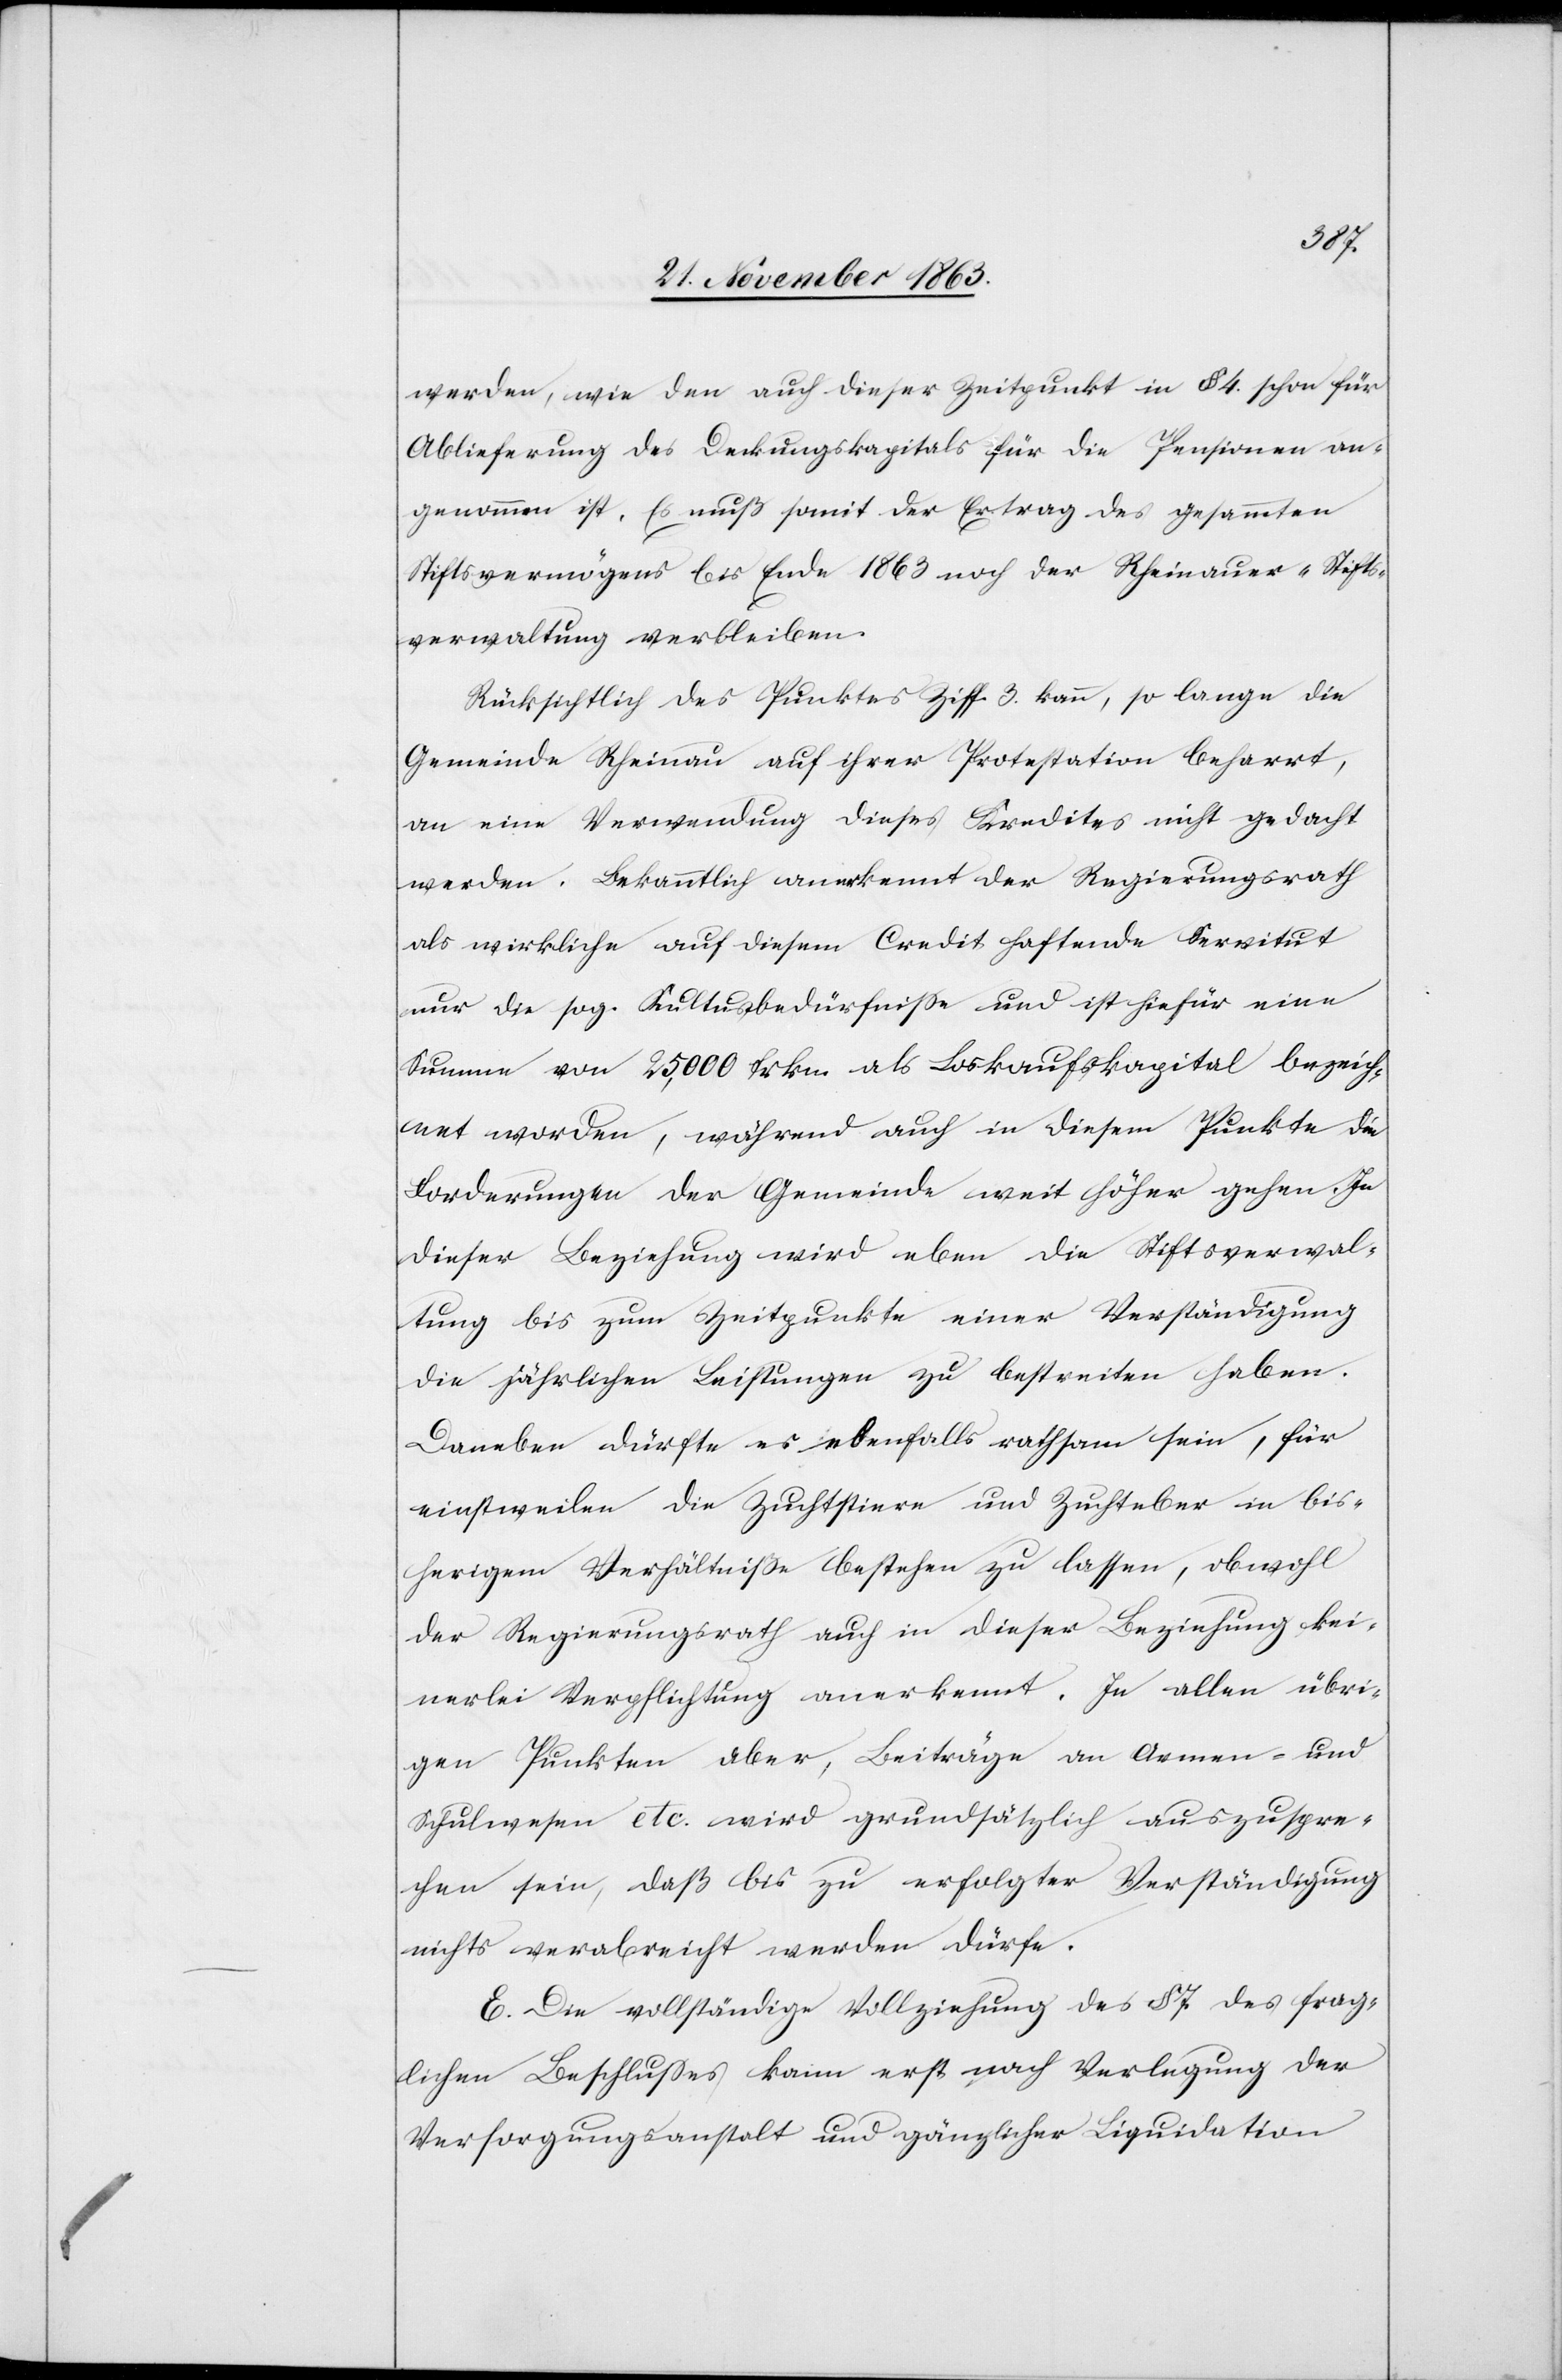
werden, wie den auch dieser Zeitpunkt in § 4. schon für
Ablieferung des Deckungskapitals für die Pensionen an¬
genommen ist. Es muß somit der Ertrag des gesammten
Stiftsvermögens bis Ende 1863 noch der Rheinauer-Stifts¬
verwaltung verbleiben.
Rücksichtlich des Punktes Ziff. 3. kann, so lange die
Gemeinde Rheinau auf ihrer Protestation beharrt,
an eine Verwendung dieses Kredites nicht gedacht
werden. Bekanntlich anerkennt der Regierungsrath
als wirkliche auf diesem Credit haftende Servitut
nur die sog. Kultusbedürfnisse und ist hiefür eine
Summe von 25,000 frkn. als Loskaufskapital bezeich¬
net worden, während auch in diesem Punkte die
Forderungen der Gemeinde weit höher gehen. In
dieser Beziehung wird eben die Stiftsverwal¬
tung bis zum Zeitpunkte einer Verständigung
die jährlichen Leistungen zu bestreiten haben.
Daneben dürfte es ebenfalls rathsam sein, für
einstweilen die Zuchtstiere und Zuchteber in bis¬
herigem Verhältniße bestehen zu lassen, obwohl
der Regierungsrath auch in dieser Beziehung kei¬
nerlei Verpflichtung anerkennt. In allen übri¬
gen Punkten aber, Beiträge an Armen- und
Schulwesen etc. wird grundsätzlich auszuspre¬
chen sein, daß bis zu erfolgter Verständigung
nichts verabreicht werden dürfe.
E. Die vollständige Vollziehung des § 7. des frag¬
lichen Beschlusses kann erst nach Verlegung der
Versorgungsanstalt und gänzlicher Liquidation